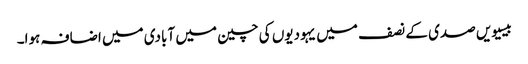
بیسیویں صدی کے نصف میں یہودیوں‌ کی چین میں آبادی میں اضافہ ہوا۔